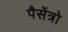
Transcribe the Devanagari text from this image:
पैसेंत्रो